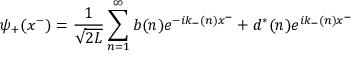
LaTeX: \psi _ { + } ( x ^ { - } ) = { \frac { 1 } { \sqrt { 2 L } } } \sum _ { n = 1 } ^ { \infty } b ( n ) e ^ { - i k _ { - } ( n ) x ^ { - } } + d ^ { * } ( n ) e ^ { i k _ { - } ( n ) x ^ { - } }